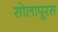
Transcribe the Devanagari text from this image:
सोलापूरस